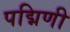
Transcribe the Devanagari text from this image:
पद्मिणी